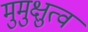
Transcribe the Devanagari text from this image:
मुमुक्षुत्व